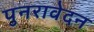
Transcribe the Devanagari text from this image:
पुनरावेदन